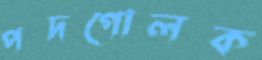
পদগোলক